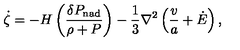
\dot { \zeta } = - H \left( { \frac { \delta P _ { \mathrm { n a d } } } { \rho + P } } \right) - { \frac { 1 } { 3 } } \nabla ^ { 2 } \left( { \frac { v } { a } } + \dot { E } \right) ,